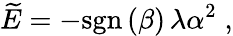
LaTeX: \widetilde{E}=-\mathrm{sgn}\left(\beta\right)\, \lambda\alpha^{2}\; ,